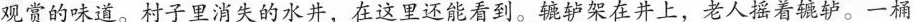
观赏的味道。村子里消失的水井，在这里还能看到。辘轳架在井上，老人摇着辘轳。一桶